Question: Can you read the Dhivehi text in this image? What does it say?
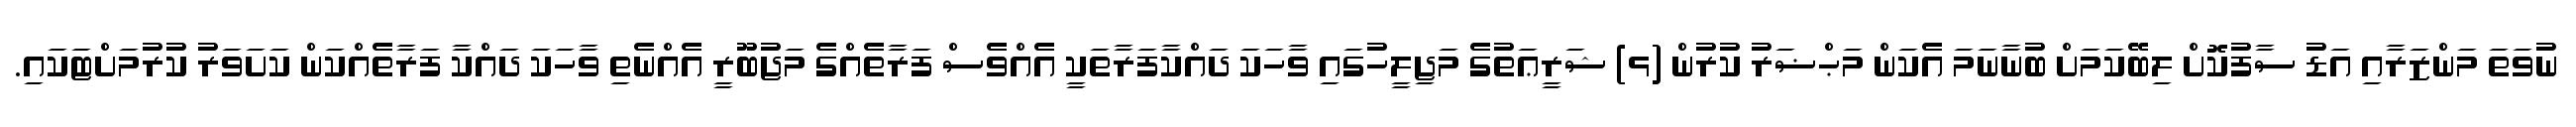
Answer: ނުވަތަ މަންޒަރާއި އަޑު ސާފުކޮށް ލިބޭކަމަށް ބުނާނަމަ އެކަން މަޙްޟަރު ކުރުން (ޅ) ޝަރީޢަތުގެ މަޖިލީހުގައި ވާހަކަ ދައްކާފަރާތަކީ އެއްވެސް ފަރާތެއްގެ މަޖުބޫރީ އެއްނެތި ވާހަކަ ދައްކާ ފަރާތެއްކަން ކަށަވަރު ކުރުމަށްޓަކައި.